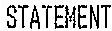
STATEMENT